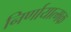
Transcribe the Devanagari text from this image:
निर्णायात्मक